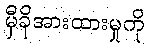
မှီခိုအားထားမှုကို